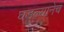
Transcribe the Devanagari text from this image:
घडल्यानेच